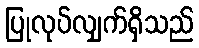
ပြုလုပ်လျှက်ရှိသည်